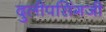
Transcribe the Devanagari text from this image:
दुलीपसिंगजी